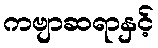
ကဗျာဆရာနှင့်